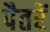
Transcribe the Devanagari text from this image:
पैतरें